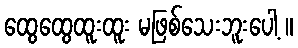
ထွေထွေထူးထူး မဖြစ်သေးဘူးပေါ့ ။